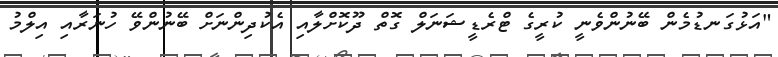
"އަޅުގަނޑުމެން ބޭނުންވެނީ ކުރީގެ ޓްރެޑީޝަނަލް ގޮތް ދޫކޮށްލާއި އެކުދިންނަށް ބޭނުންވޭ ހުނަރާއި އިލްމު